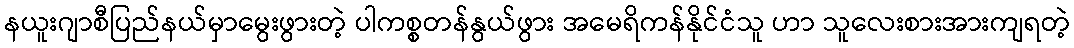
နယူးဂျာစီပြည်နယ်မှာမွေးဖွားတဲ့ ပါကစ္စတန်နွယ်ဖွား အမေရိကန်နိုင်ငံသူ ဟာ သူလေးစားအားကျရတဲ့